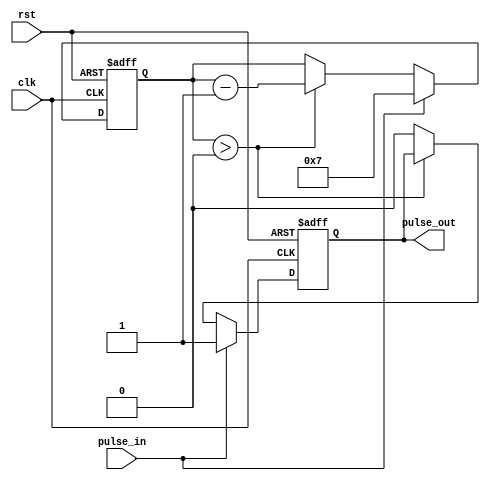
module PulseSynchronizer (
    input pulse_in,
    input clk,
    input rst,
    output reg pulse_out
);

reg [7:0] counter;
reg sync_pulse;

always @(posedge clk or posedge rst) begin
    if(rst) begin
        counter <= 8'd0;
        sync_pulse <= 1'b0;
    end else begin
        if(pulse_in) begin
            counter <= 8'd7;
            sync_pulse <= 1'b1;
        end else begin
            if(counter > 0) begin
                counter <= counter - 1;
            end else begin
                sync_pulse <= 1'b0;
            end
        end
    end
end

assign pulse_out = sync_pulse;

endmodule